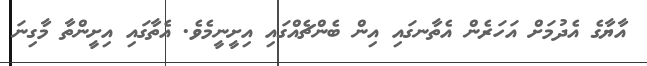
އާޔާގެ އެދުމަށް އަހަރެން އެތާނގައި އިން ބެންޗެއްގައި އިށީނީމެވެ. އެތާގައި އިށީންތާ މާގިނަ